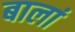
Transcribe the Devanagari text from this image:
बालां